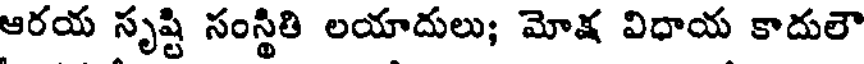
ఆరయ సృష్టి సంస్థితి లయాదులు; మోక్ష విధాయ కాదులౌ